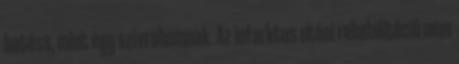
hatása, mint egy szívrohamnak. Az infarktus utáni rehabilitáció nem